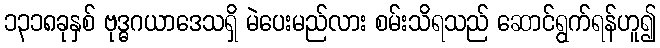
၁၃၁၈ခုနှစ် ဗုဒ္ဓဂယာဒေသရှိ မဲပေးမည်လား စမ်းသိရသည် ဆောင်ရွက်ရန်ဟူ၍